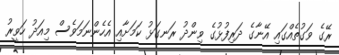
ރޭގެ ވަގުތެއްގައި އޭނާގެ ދަރިފުޅުގެ ވިންދު ރަނގަޅު ކަމަށާއި އެހެންނަމަވެސް މިއަދު ހަވީރު